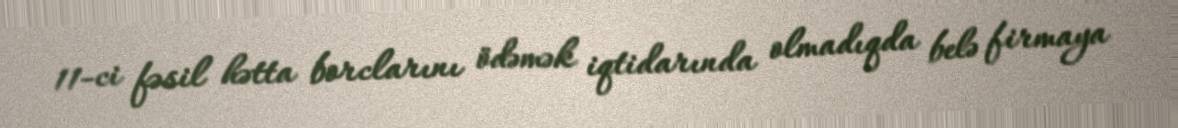
11-ci fəsil hətta borclarını ödəmək iqtidarında olmadıqda belə firmaya